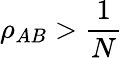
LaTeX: \rho_{AB}>\frac{1}{N}